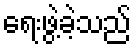
ရေးဖွဲ့ခဲ့သည်